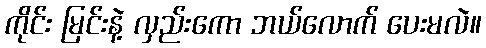
ကိုင်း မြင်းနဲ့ လှည်းကော ဘယ်လောက် ပေးမလဲ။